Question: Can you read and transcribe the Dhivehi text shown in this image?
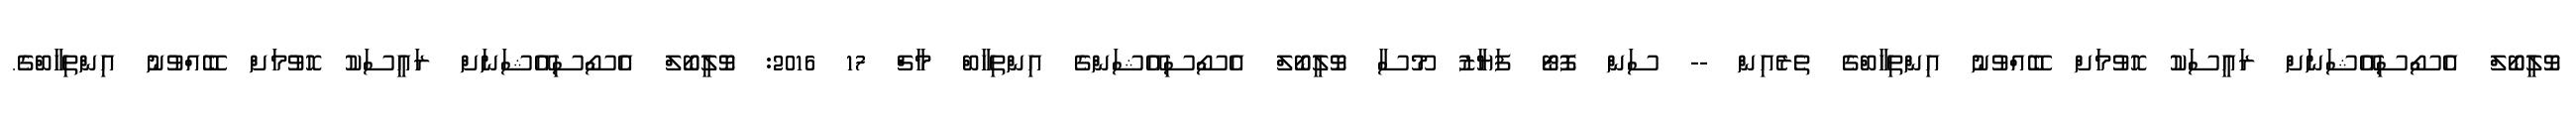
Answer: ވޮލީބޯލް އެސޯސިއޭޝަނަށް ރައީސަކު ހޮވުމަށް ބޭއްވުނު އިންތިހާބްގެ ތެރެއިން -- ސަން ފޮޓޯ ފަޔާޒު މޫސާ ވޮލީބޯލް އެސޯސިއޭޝަންގެ އިންތިހާބް މާޗް 17 2016: ވޮލީބޯލް އެސޯސިއޭޝަނަށް ރައީސަކު ހޮވުމަށް ބޭއްވުނު އިންތިހާބްގެ.